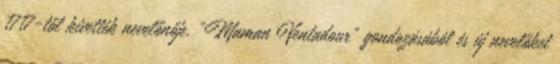
1717-től kivették nevelőnője, „Maman Ventadour” gondozásából és új nevelőket